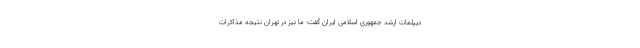
دیپلمات ارشد جمهوری اسلامی ایران گفت: ما نیز در تهران نتیجه مذاکرات